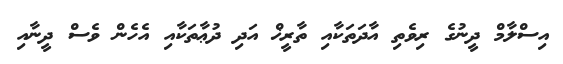
އިސްލާމް ދީނުގެ ރިވެތި އާދަތަކާއި ތާރީޚް އަދި ދުޢާތަކާއި އެހެން ވެސް ދީނާއި